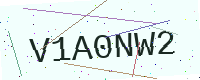
Text: V1A0NW2